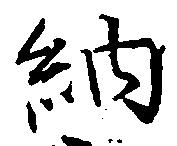
納